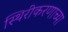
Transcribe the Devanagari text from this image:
स्थिरीकरणाच्या